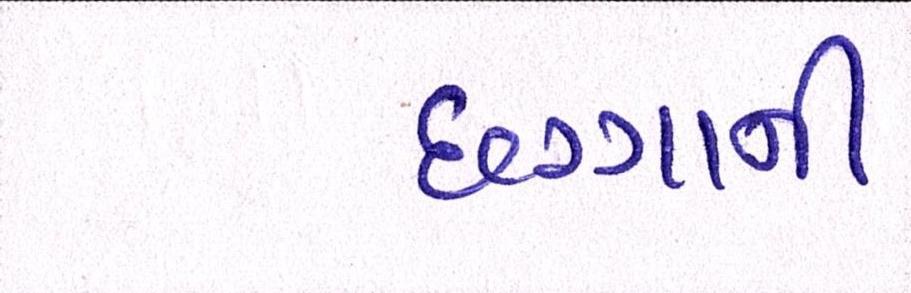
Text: છગ્ગાની